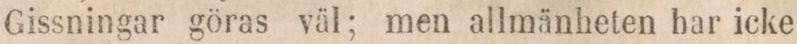
Gissningar göras väl; men allmänheten har icke